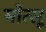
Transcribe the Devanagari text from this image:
मोत्सू